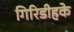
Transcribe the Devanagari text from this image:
गिरिडीहके